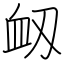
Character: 衂